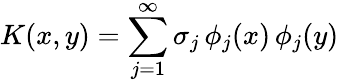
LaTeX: K(x,y)=\sum_{j=1}^{\infty}\sigma_{j}\, \phi_{j}(x)\, \phi_{j}(y)